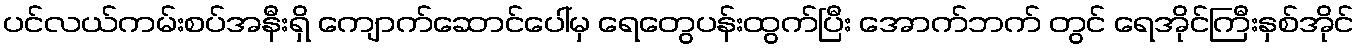
ပင်လယ်ကမ်းစပ်အနီးရှိ ကျောက်ဆောင်ပေါ်မှ ရေတွေပန်းထွက်ပြီး အောက်ဘက် တွင် ရေအိုင်ကြီးနှစ်အိုင်